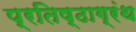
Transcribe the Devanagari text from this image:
प्रतिष्ठाग्रंथ